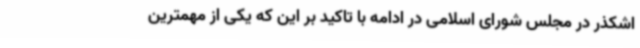
اشکذر در مجلس شورای اسلامی در ادامه با تاکید بر این که یکی از مهمترین